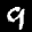
Label: 9